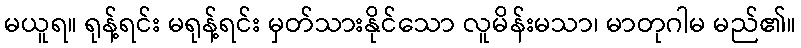
မယူရ။ ရုန့်ရင်း မရုန့်ရင်း မှတ်သားနိုင်သော လူမိန်းမသာ၊ မာတုဂါမ မည်၏။